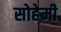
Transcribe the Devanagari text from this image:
सोहेमी